Civil Veterinary Dept. Bombay admin report 1900-1906 - 1900-1906
Year: 1900
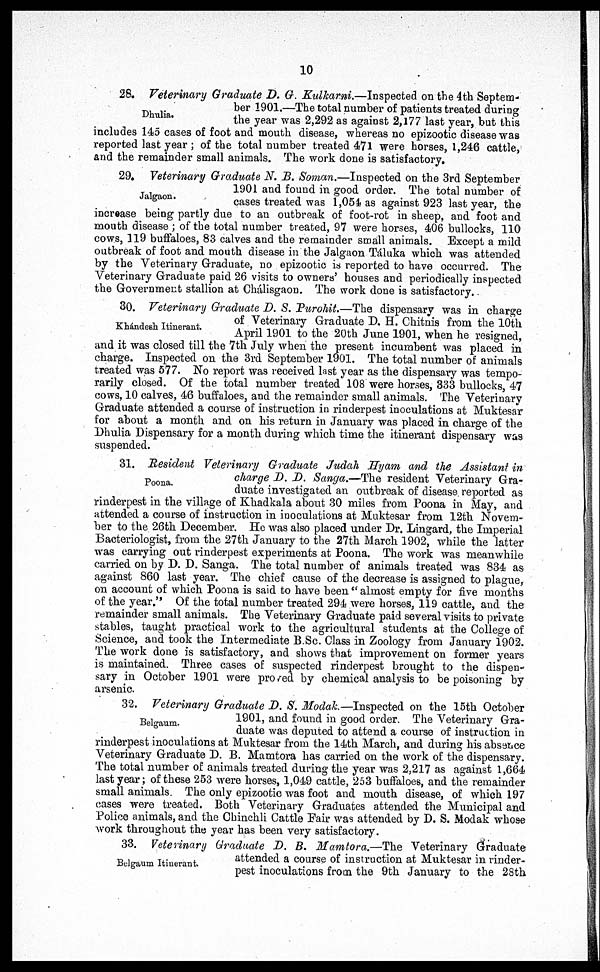
10
Dhulia.
28. Veterinary Graduate D. G. Kulkarni.—Inspected on the 4th Septem-
ber 1901.—The total number of patients treated during
the year was 2,292 as against 2,177 last year, but this
includes 145 cases of foot and mouth disease, whereas no epizootic disease was
reported last year ; of the total number treated 471 were horses, 1,246 cattle,
and the remainder small animals. The work done is satisfactory.
Jalgaon.
29. Veterinary Graduate N. B. Soman.—Inspected on the 3rd September
1901 and found in good order. The total number of
cases treated was 1,054 as against 923 last year, the
increase being partly due to an outbreak of foot-rot in sheep, and foot and
mouth disease ; of the total number treated, 97 were horses, 406 bullocks, 110
cows, 119 buffaloes, 83 calves and the remainder small animals. Except a mild
outbreak of foot and mouth disease in the Jalgaon Táluka which was attended
by the Veterinary Graduate, no epizootic is reported to have occurred. The
Veterinary Graduate paid 26 visits to owners' houses and periodically inspected
the Government stallion at Chálisgaon. The work done is satisfactory.
Khándesh Itinerant.
30. Veterinary Graduate D. S. Purohit.—The dispensary was in charge
of Veterinary Graduate D. H. Chitnis from the 10th
April 1901 to the 20th June 1901, when he resigned,
and it was closed till the 7th July when the present incumbent was placed in
charge. Inspected on the 3rd September 1901. The total number of animals
treated was 577. No report was received last year as the dispensary was tempo-
rarily closed. Of the total number treated 108 were horses, 333 bullocks, 47
cows, 10 calves, 46 buffaloes, and the remainder small animals. The Veterinary
Graduate attended a course of instruction in rinderpest inoculations at Muktesar
for about a month and on his return in January was placed in charge of the
Dhulia Dispensary for a month during which time the itinerant dispensary was
suspended.
Poona.
31. Resident Veterinary Graduate Judah Hyam and the Assistant in
charge D. D. Sanga.—The resident Veterinary Gra-
duate investigated an outbreak of disease reported as
rinderpest in the village of Khadkala about 30 miles from Poona in May, and
attended a course of instruction in inoculations at Muktesar from 12th Novem-
ber to the 26th December. He was also placed under Dr. Lingard, the Imperial
Bacteriologist, from the 27th January to the 27th March 1902, while the latter
was carrying out rinderpest experiments at Poona. The work was meanwhile
carried on by D. D. Sanga. The total number of animals treated was 834 as
against 860 last year. The chief cause of the decrease is assigned to plague,
on account of which Poona is said to have been " almost empty for five months
of the year." Of the total number treated 294 were horses, 119 cattle, and the
remainder small animals. The Veterinary Graduate paid several visits to private
stables, taught practical work to the agricultural students at the College of
Science, and took the Intermediate B.Sc. Class in Zoology from January 1902.
The work done is satisfactory, and shows that improvement on former years
is maintained. Three cases of suspected rinderpest brought to the dispen-
sary in October 1901 were proved by chemical analysis to be poisoning by
arsenic.
Belgaum.
32. Veterinary Graduate D. S. Modak.—Inspected on the 15th October
1901, and found in good order. The Veterinary Gra-
duate was deputed to attend a course of instruction in
rinderpest inoculations at Muktesar from the 14th March, and during his absence
Veterinary Graduate D. B. Mamtora has carried on the work of the dispensary.
The total number of animals treated during the year was 2,217 as against 1,664
last year; of these 253 were horses, 1,049 cattle, 253 buffaloes, and the remainder
small animals. The only epizootic was foot and mouth disease, of which 197
cases were treated. Both Veterinary Graduates attended the Municipal and
Police animals, and the Chinchli Cattle Fair was attended by D. S. Modak whose
work throughout the year has been very satisfactory.
Belgaum Itinerant.
33. Veterinary Graduate D. B. Mamtora.—The Veterinary Graduate
attended a course of instruction at Muktesar in rinder-
pest inoculations from the 9th January to the 28th